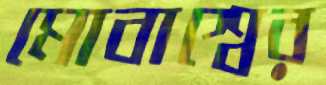
মোবাশ্বের